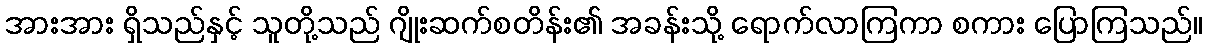
အားအား ရှိသည်နှင့် သူတို့သည် ဂျိုးဆက်စတိန်း၏ အခန်းသို့ ရောက်လာကြကာ စကား ပြောကြသည်။